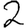
Digit: 2